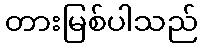
တားမြစ်ပါသည်